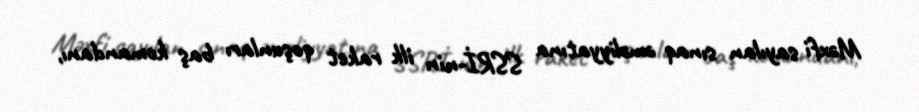
Məxfi sayılan sınaq əməliyyatına SSRİ-nin ilk raket qoşunları baş komandanı,